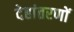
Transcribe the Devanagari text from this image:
देहांतरणों